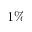
1 \%